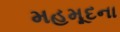
મહમૂદના